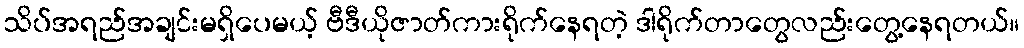
သိပ်အရည်အချင်းမရှိပေမယ့် ဗီဒီယိုဇာတ်ကားရိုက်နေရတဲ့ ဒါရိုက်တာတွေလည်းတွေ့နေရတယ်။